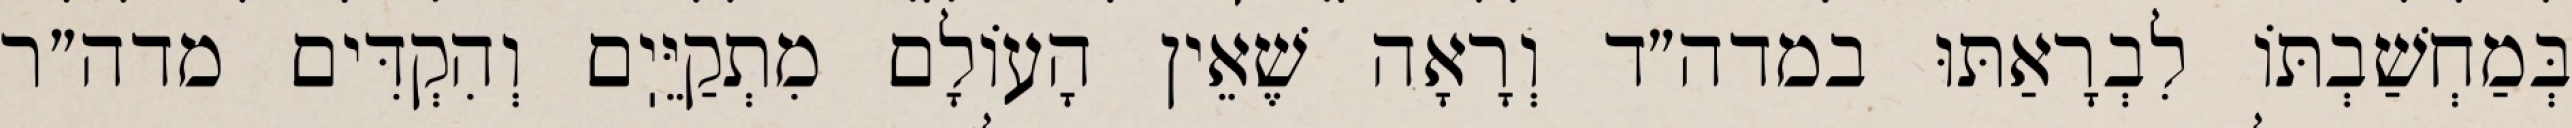
בְּמַחְשַׁבְתּוֹ לִבְרָאַתּוּ במדה״ד וְרָאָה שֶׁאֵין הָעוֹלָם מִתְקַיֵּיֽם וְהִקְדִּים מדה״ר